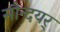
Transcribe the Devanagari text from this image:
सौन्दयर्